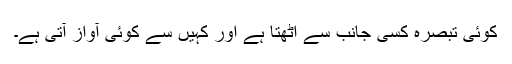
کوئی تبصرہ کسی جانب سے اٹھتا ہے اور کہیں سے کوئی آواز آتی ہے۔